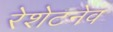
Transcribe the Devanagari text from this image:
रेशेटनेव